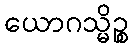
ယောဂသ္မိဉ္စ